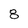
Character: 8